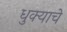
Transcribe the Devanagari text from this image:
धुक्याचे